Source: Computer-generated
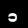
Digit: ၁ (1)